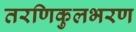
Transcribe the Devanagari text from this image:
तरणिकुलभरण